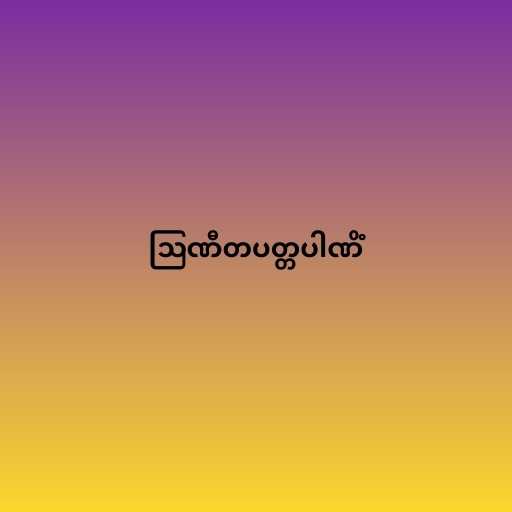
ဩဏီတပတ္တပါဏိံ